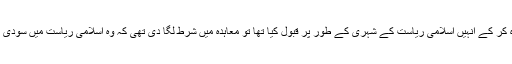
جناب نبی اکرم صلی اللہ علیہ وسلم نے نجران کے عیسائیوں کے ساتھ معاہدہ کر کے انہیں اسلامی ریاست کے شہری کے طور پر قبول کیا تھا تو معاہدہ میں شرط لگا دی تھی کہ وہ اسلامی ریاست میں سودی کاروبار نہیں کریں گے ورنہ ان کے ساتھ کیا گیا معاہدہ منسوخ ہو جائے گا۔